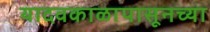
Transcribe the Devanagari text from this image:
यादवकाळापासूनच्या